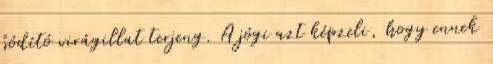
bódító virágillat terjeng. A jógi azt képzeli, hogy ennek